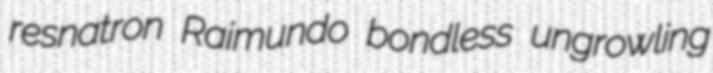
resnatron Raimundo bondless ungrowling